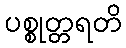
ပစ္စုတ္တရတိ